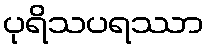
ပုရိသပရဿာ